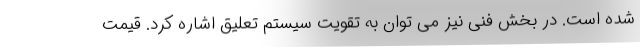
شده است. در بخش فنی نیز می توان به تقویت سیستم تعلیق اشاره کرد. قیمت